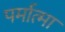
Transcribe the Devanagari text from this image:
पर्मात्मा